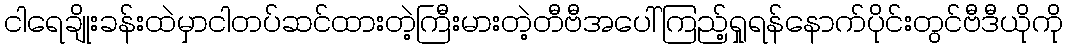
ငါရေချိုးခန်းထဲမှာငါတပ်ဆင်ထားတဲ့ကြီးမားတဲ့တီဗီအပေါ်ကြည့်ရှုရန်နောက်ပိုင်းတွင်ဗီဒီယိုကို